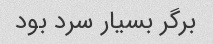
برگر بسیار سرد بود